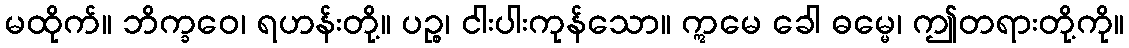
မထိုက်။ ဘိက္ခဝေ၊ ရဟန်းတို့။ ပဉ္စ၊ ငါးပါးကုန်သော။ ဣမေ ခေါ ဓမ္မေ၊ ဤတရားတို့ကို။